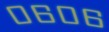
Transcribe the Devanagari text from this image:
०६०६